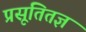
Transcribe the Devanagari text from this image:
प्रसूतितज्ञ